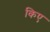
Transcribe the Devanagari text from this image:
किए